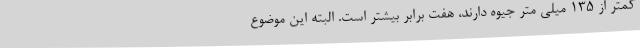
کمتر از ۱۳۵ میلی متر جیوه دارند، هفت برابر بیشتر است. البته این موضوع